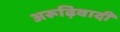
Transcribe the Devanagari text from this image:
अरूढ़िवादी